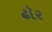
ઢૉર